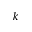
k